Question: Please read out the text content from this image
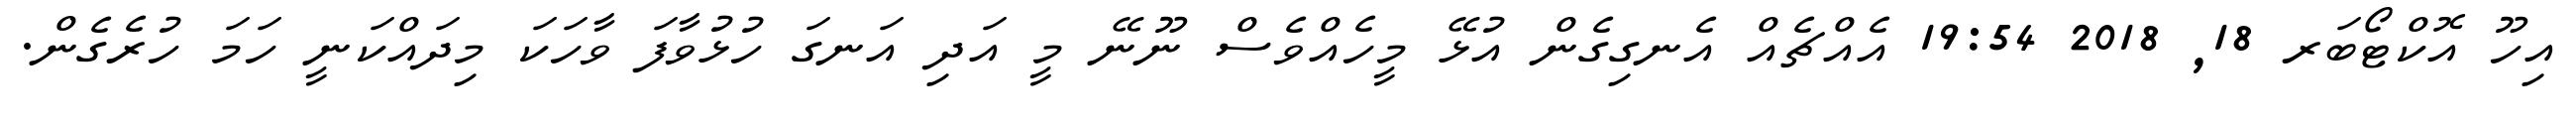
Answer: އިހޫ އޮކްޓޯބަރ 18, 2018 19:54 އެއްޗެއް އެނގިގެން އުޅޭ މީހެއްވެސް ނޫނޭ މީ އަދި އަނގަ ހުޅުވާފަ ވާހަކަ މިދައްކަނީ ހަމަ ހުރެގެން.